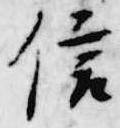
信